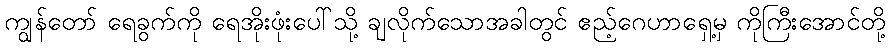
ကျွန်တော် ရေခွက်ကို ရေအိုးဖုံးပေါ်သို့ ချလိုက်သောအခါတွင် ဧည့်ဂေဟာရှေ့မှ ကိုကြီးအောင်တို့